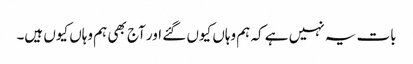
بات یہ نہیں ہے کہ ہم وہاں کیوں گئے اور آج بھی ہم وہاں کیوں ہیں۔